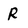
Character: R